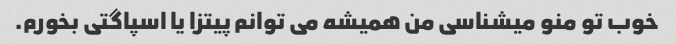
خوب تو منو میشناسی من همیشه می توانم پیتزا یا اسپاگتی بخورم.